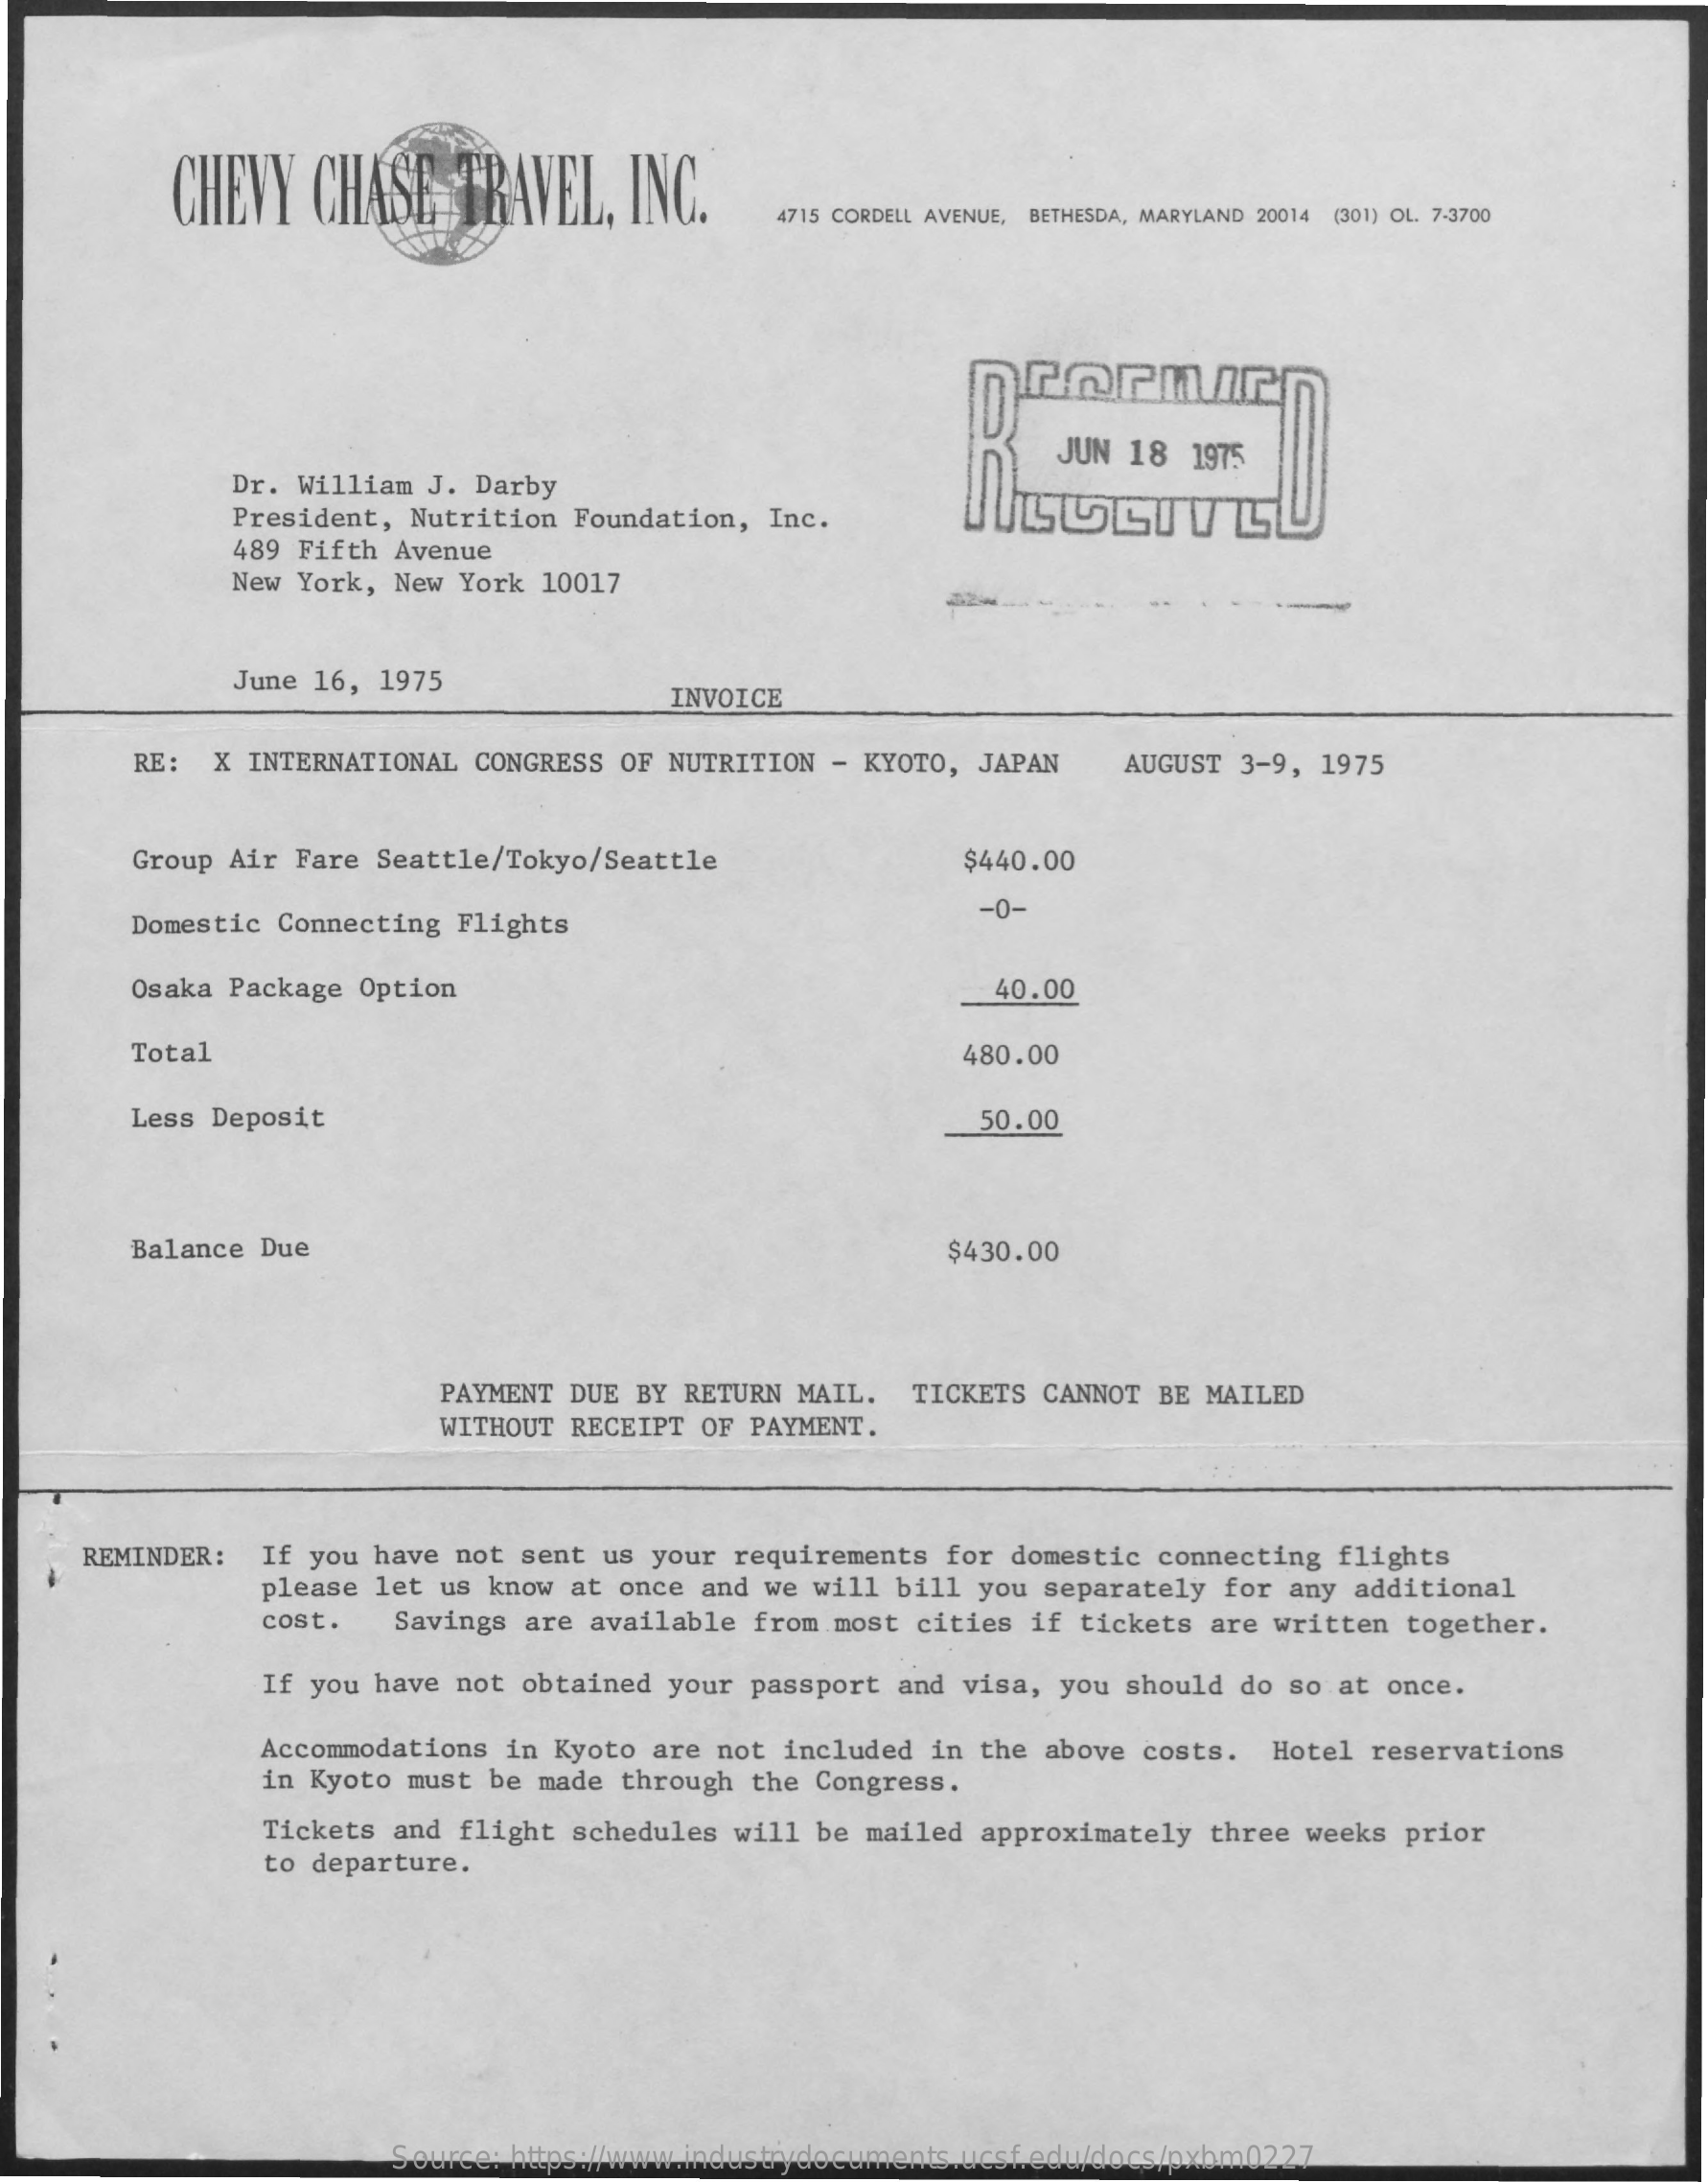
CHEVY  CHASE   TRAVEL,  INC.
     4715 CORDELL AVENUE, BETHESDA, MARYLAND 20014 (301) OL. 7-3700
     ncornur
     JUN 18 1975
     Dr. William J. Darby
     President, Nutrition Foundation, Inc.
     489 Fifth Avenue
     New York, New York 10017
     June 16, 1975
     INVOICE
     RE: X INTERNATIONAL CONGRESS OF NUTRITION - KYOTO, JAPAN AUGUST 3-9, 1975
     Group Air Fare Seattle/Tokyo/Seattle    $440.00
     Domestic Connecting Flights
     -0-
     Osaka Package Option    40.00
     Total    480.00
     Less Deposit    50.00
     Balance Due    $430.00
     PAYMENT DUE BY RETURN MAIL. TICKETS CANNOT BE MAILED
     WITHOUT RECEIPT OF PAYMENT.
     REMINDER: If you have not sent us your requirements for domestic connecting flights
     please let us know at once and we will bill you separately for any additional
     cost.  Savings are available from most cities if tickets are written together.
     If you have not obtained your passport and visa, you should do so at once.
     Accommodations in Kyoto are not included in the above costs.
     in Kyoto must be made through the Congress.
     Hotel reservations
     Tickets and flight schedules will be mailed approximately three weeks prior
     to departure.
     Source: https://www.industrydocuments.ucsf.edu/docs/pxbm0227